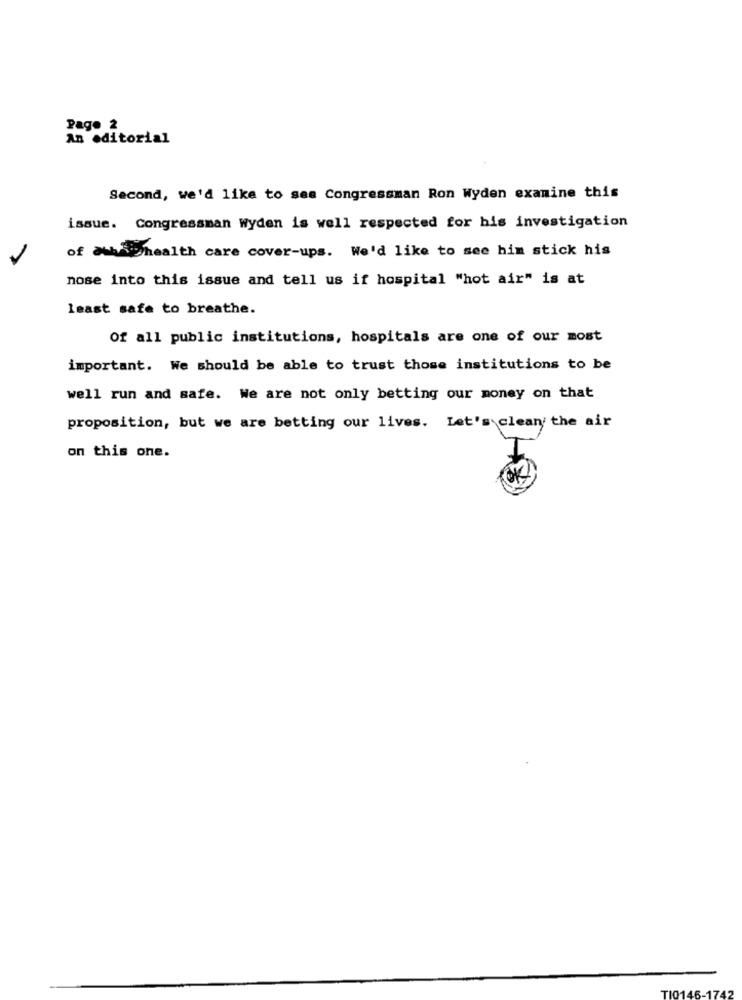
Page 2
An editorial
Second, we'd like to sea Congressman Ron Wyden examine this
issue. Congressman Wyden is well respected for his investigation
of awhiphealth care cover-ups. We'd like to see him stick his
nose into this issue and tell us if hospital "hot air" is at
least safe to breathe.
Of all public institutions, hospitals are one of our most
important. We should be able to trust those institutions to be
well run and safe. We are not only betting our money on that
proposition, but we are betting our lives. Let's clean the air
on this one.